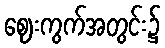
ဈေးကွက်အတွင်း၌